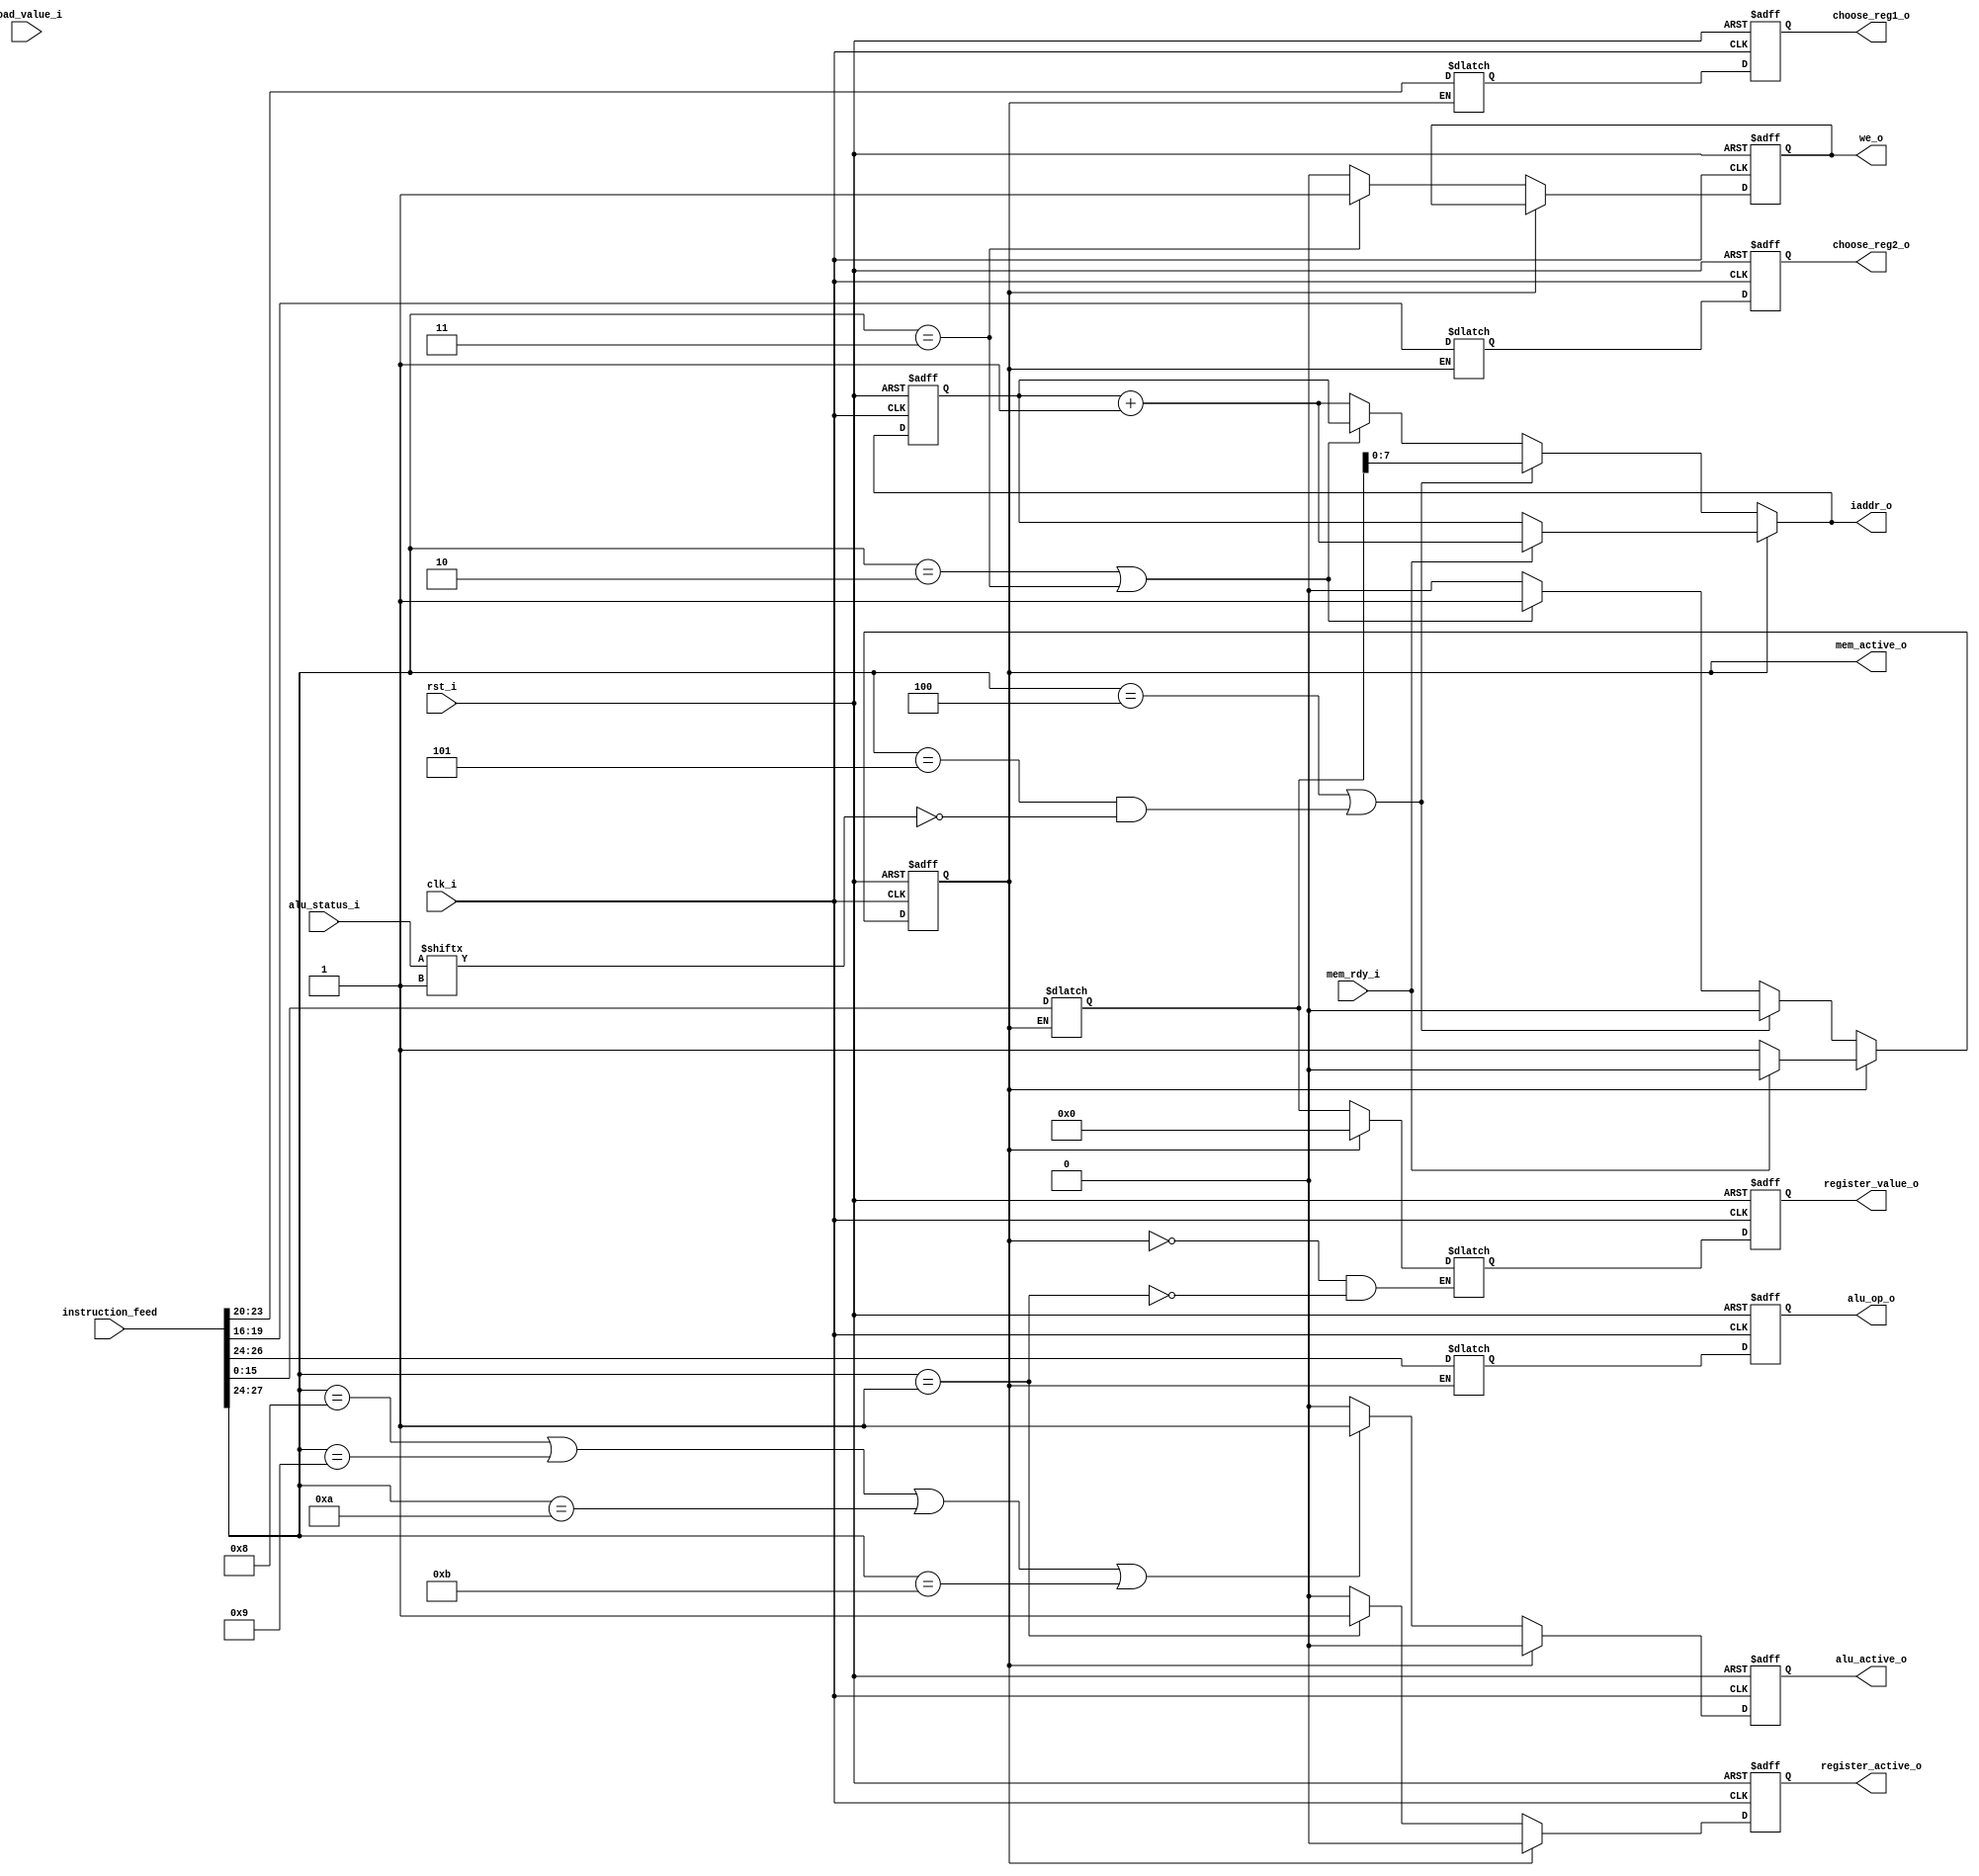
module instruction_decoder #(
    parameter                              REGISTER_ID_WIDTH = 4,    // Bits reserved for identification a single register.
    parameter                              LITERAL_WIDTH    = 16,    // How long literals the instructions may have.
    parameter                              OP_CODE_WIDTH    = 4,    // Bits reserved for operation identifiers.
    parameter                              INSTRUCTION_WIDTH = OP_CODE_WIDTH+2*REGISTER_ID_WIDTH+LITERAL_WIDTH,    // Total width of an instruction
    parameter                              DATA_WIDTH       = 16,    // Width for data in registers and instructions.
    parameter                              ALU_OP_WIDTH     = 3,    // Bits reserved for identification of alu operation
    parameter                              INSTRUCTION_ADDRESS_WIDTH = 8    // Width of an instruction address.
) (
    // Interface: cpu_clk_sink
    input                               clk_i,    // The mandatory clock, as this is synchronous logic.
    input                               rst_i,    // The mandatory reset, as this is synchronous logic.

    // Interface: cpu_system
    input          [DATA_WIDTH-1:0]     alu_status_i,
    input          [DATA_WIDTH-1:0]     load_value_i,
    input                               mem_rdy_i,
    output reg                          alu_active_o,
    output reg     [ALU_OP_WIDTH-1:0]   alu_op_o,
    output reg     [REGISTER_ID_WIDTH-1:0] choose_reg1_o,
    output reg     [REGISTER_ID_WIDTH-1:0] choose_reg2_o,
    output reg                          mem_active_o,
    output reg                          register_active_o,
    output reg     [DATA_WIDTH-1:0]     register_value_o,
    output reg                          we_o,

    // Interface: instructions
    input          [INSTRUCTION_WIDTH-1:0] instruction_feed,
    output         [INSTRUCTION_ADDRESS_WIDTH-1:0] iaddr_o
);

// WARNING: EVERYTHING ON AND ABOVE THIS LINE MAY BE OVERWRITTEN BY KACTUS2!!!
    
    // The available instructions.
    parameter [OP_CODE_WIDTH-1:0]
        NOP         = 4'b0000, 
        SET         = 4'b0001, 
        LOAD        = 4'b0010, 
        STORE       = 4'b0011, 
        BRA         = 4'b0100, 
        BNE        = 4'b0101,
        PLUS        = 4'b1000, 
        MINUS       = 4'b1001, 
        MUL         = 4'b1010, 
        DIV         = 4'b1011, 
        CMP         = 4'b1100, 
        END         = 4'b1111;

    // The address of the currently decoded instruction.
    reg [INSTRUCTION_ADDRESS_WIDTH-1:0] instruction_pointer;
    
    // Sliced operands of instruction decoded in combinational logic.
    integer next_reg1;
    integer next_reg2;
    reg [OP_CODE_WIDTH-1:0] operation;
    reg [DATA_WIDTH:0] literal;
    
    // Intermediate values that are result from combinational logic.
    reg [INSTRUCTION_ADDRESS_WIDTH-1:0] next_instruction;
    reg next_mem_active;
    reg next_we;
    reg next_alu_active;
    reg [DATA_WIDTH:0] next_register_value;
    reg next_register_active;
    
    // This output comes directly from combinational logic.
    assign iaddr_o = next_instruction;
    
    // Combinational logic used for decoding, as well as for those outputs that needs to take effect within current cycle.
    always @* begin
        if (mem_active_o)begin
            // If waiting for memory operation, the CPU is stalled.
        
            if (mem_rdy_i) begin
                // If ready, no longer waiting and the next instruction is fetched.
                next_mem_active <= 0;
                next_instruction <= instruction_pointer + 1;
            end
            else begin
                // Else the stalling continues.
                next_mem_active <= 1;
                next_instruction <= instruction_pointer;
            end
            
            // These remain zero.
            next_register_value <= 0;
            next_register_active <= 0;
            next_we <= we_o;
            next_alu_active <= 0;
        end
        else begin
            // No stalling: process the next instruction.
            
            // Slice the instruction to parts:
            
            // Operation is the primary directive for what happens next.
            operation = instruction_feed[INSTRUCTION_WIDTH-1:INSTRUCTION_WIDTH-4];
            // Instructions may have two registers as operands.
            next_reg1 = instruction_feed[INSTRUCTION_WIDTH-5:INSTRUCTION_WIDTH-8];
            next_reg2 = instruction_feed[INSTRUCTION_WIDTH-9:INSTRUCTION_WIDTH-12];
            // Each instruction may come with a literal value.
            literal <= instruction_feed[LITERAL_WIDTH-1:0];
            
            // Activate ALU if arithmetic operation.
            if (operation == PLUS ||
                operation == MINUS ||
                operation == MUL ||
                operation == DIV)
            begin
                 next_alu_active <= 1;
            end
            else begin
                next_alu_active <= 0;
            end
            
            // Memory and instruction operations do some mutually exclusive stuff.
            if (operation == BRA ||
                (operation == BNE && !alu_status_i[alu.ZERO]))
            begin
                // Branch if branching, obviously excludes data memory operations.
                next_mem_active <= 0;
                // Moreover, the address of the next instruction comes from operation.
                next_instruction = literal;
            end
            else if (operation == LOAD || operation == STORE)
            begin
                // Activate memory controller if memory operation.
                next_mem_active <= 1;
                // Stalling the CPU: The instruction pointer stays the same.
                next_instruction = instruction_pointer;
            end
            else begin
                // Else the instruction pointer increases as normal.
                next_mem_active <= 0;
                next_instruction = instruction_pointer + 1;
            end
            
            // Activate write enable if storing to memory.
            if (operation == STORE) begin
                next_we <= 1;
            end
            else begin
                next_we <= 0;
            end
            
            if (operation == SET) begin
                // Activate register bank, pass the literal to it.
                next_register_active <= 1;
                next_register_value <= literal;
            end
            else begin
                next_register_active <= 0;
            end
        end
    end
    
    // Since the processor operates on clock cycles, most outputs take effect on the next clock cycle.
    always @(posedge clk_i or posedge rst_i) begin
        if(rst_i == 1'b1) begin
            alu_active_o <= 0;
            alu_op_o <= 0;
            choose_reg1_o <= 0;
            choose_reg2_o <= 0;
            mem_active_o <= 0;
            we_o <= 0;
            instruction_pointer <= 0;
            register_value_o <= 0;
            register_active_o <= 0;
        end
        else begin
            // Pass the results of decoding as the operations and outputs of the next cycle.
            
            // Register bank:
            choose_reg1_o <= next_reg1;
            choose_reg2_o <= next_reg2;
            register_value_o <= next_register_value;
            register_active_o <= next_register_active;
            alu_active_o <= next_alu_active;
            
            // Memory:
            instruction_pointer <= next_instruction;
            mem_active_o <= next_mem_active;
            we_o <= next_we;
            
            // Pass ALU operation: It should be part of the instruction, if any.
            alu_op_o <= operation[ALU_OP_WIDTH-1:0];
        end
    end
endmodule